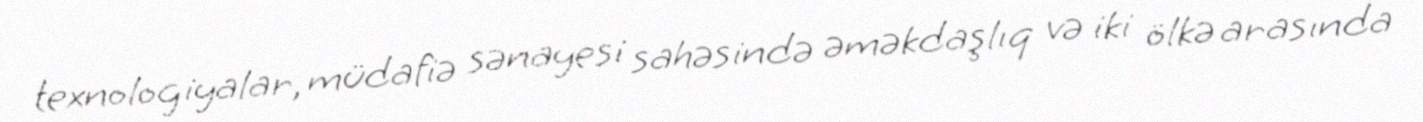
texnologiyalar, müdafiə sənayesi sahəsində əməkdaşlıq və iki ölkə arasında